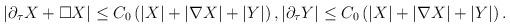
LaTeX: \begin{align*}\left|\partial_{\tau}X + \Box X\right| &\leq C_0\left(|X| + |\nabla X| + |Y|\right),\left|\partial_{\tau}Y\right| \leq C_0\left(|X| + |\nabla X| + |Y|\right). \end{align*}